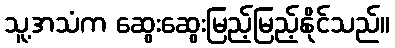
သူ့အသံက ဆွေးဆွေးမြည့်မြည့်နိုင်သည်။